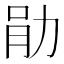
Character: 𫦪